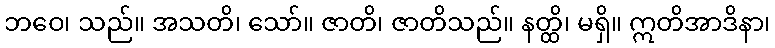
ဘဝေ၊ သည်။ အသတိ၊ သော်။ ဇာတိ၊ ဇာတိသည်။ နတ္ထိ၊ မရှိ။ ဣတိအာဒိနာ၊